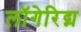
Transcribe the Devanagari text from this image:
लॉगेरिद्म